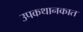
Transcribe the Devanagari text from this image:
उपकथानकात